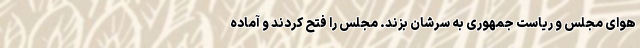
هوای مجلس و ریاست جمهوری به سرشان بزند. مجلس را فتح کردند و آماده